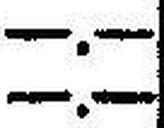
—.—